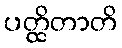
ပတ္ထိတာတိ